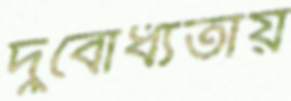
দুর্বোধ্যতায়